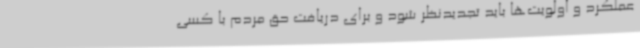
عملکرد و اولویت‌ها باید تجدیدنظر شود و برای دریافت حق مردم با کسی